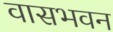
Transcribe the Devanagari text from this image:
वासभवन